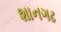
શાનગઢ